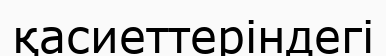
қасиеттеріндегі